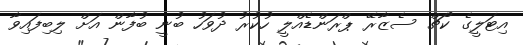
އިޓަލީގެ ކޯޗް ސެޒާރޭ ޕްރަންޑެއްލީ ހުކުރު ދުވަހު ބުނީ ބުފާން އަށް ލިބިފައިވާ